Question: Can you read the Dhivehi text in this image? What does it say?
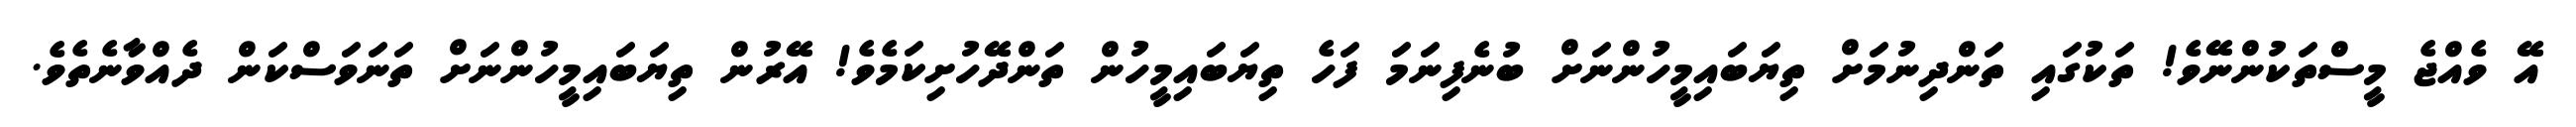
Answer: އޭ ވެއްޖެ މީސްތަކުންނޭވެ! ތަކުގައި ތަންދިނުމަށް ތިޔަބައިމީހުންނަށް ބުނެފިނަމަ ފަހެ ތިޔަބައިމީހުން ތަންދޭހުށިކަމެވެ! އޭރުން ތިޔަބައިމީހުންނަށް ތަނަވަސްކަން ދެއްވާނެތެވެ.